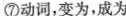
⑦动词，变为，成为